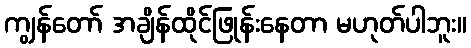
ကျွန်တော် အချိန်ထိုင်ဖြုန်းနေတာ မဟုတ်ပါဘူး။